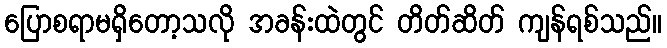
ပြောစရာမရှိတော့သလို အခန်းထဲတွင် တိတ်ဆိတ် ကျန်ရစ်သည်။